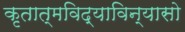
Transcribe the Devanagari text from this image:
कृतात्मविद्याविन्यासो